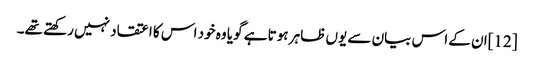
[12]ان کے اس بیان سے یوں ظاہر ہوتا ہے گویا وہ خود اس کا اعتقاد نہیں رکھتے تھے۔